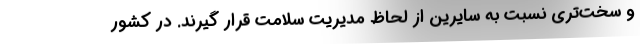
و سخت‌تری نسبت به سایرین از لحاظ مدیریت سلامت قرار گیرند. در کشور